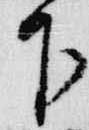
下